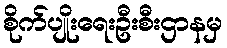
စိုက်ပျိုးရေးဦးစီးဌာနမှ